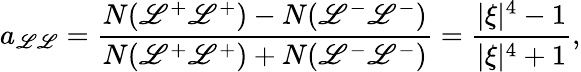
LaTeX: a_{\mathscr{L}\mathscr{L}}=\frac{{N(\mathscr{L}^{+}\mathscr{L}^{+})-N(\mathscr{L}^{-}\mathscr{L}^{-})}}{{N(\mathscr{L}^{+}\mathscr{L}^{+})+N(\mathscr{L}^{-}\mathscr{L}^{-})}}=\frac{{|\xi|^{4}-1}}{{|\xi|^{4}+1}},